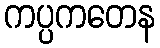
ကပ္ပကတေန